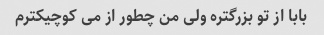
بابا از تو بزرگتره ولی من چطور از می کوچیکترم